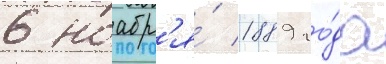
6 ноабр'я́ 1889 го́да